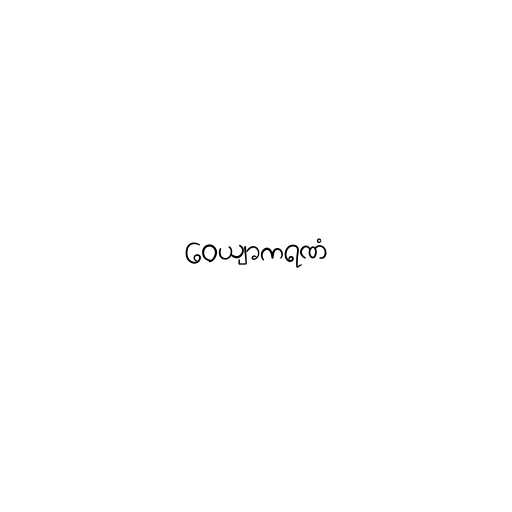
ဝေယျာကရဏံ